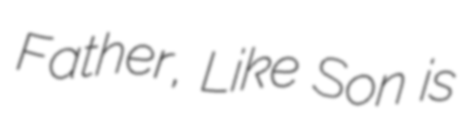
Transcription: Father, Like Son is